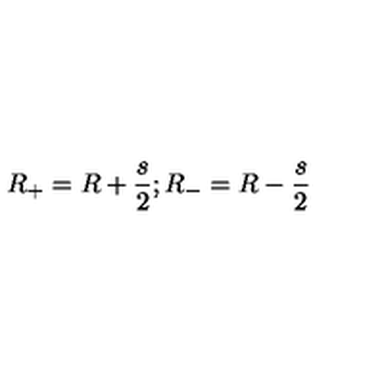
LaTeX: R _ { + } = R + \frac { s } { 2 } ; R _ { - } = R - \frac { s } { 2 }